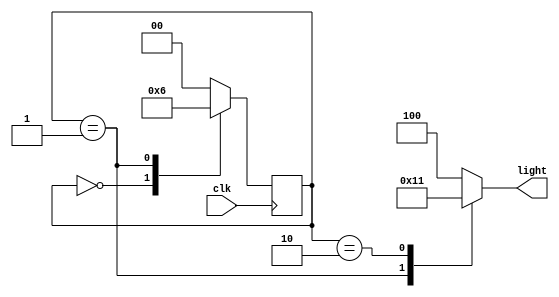
`timescale 1s / 1ms

module model (clk,light);
input clk ;
output reg [2:0] light;
parameter S0=0, S1=1, S2=2;
parameter RED=3'b100, GREEN=3'b010, YELLOW=3'b001;
reg [1:0] state;
// It is a Moore model but input component is
// absent. Refer Moore Block diagram.
always @(posedge clk) // Always block for NS logic and FF
case(state)
S0: state <= S1;
S1: state <= S2;
S2: state <= S0;
default: state <= S0;
endcase
always @ (state) // Always block for output logic
case(state)
S0: light = RED;
S1: light = GREEN;
S2: light = YELLOW;
default: light = RED;
endcase
endmodule